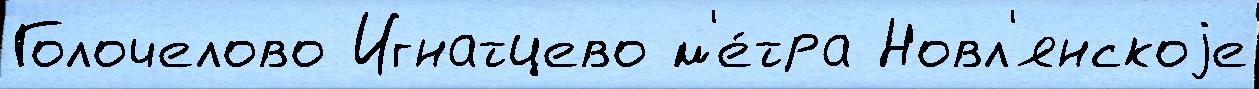
Голочелово Игнатцево м'е́тра Новл'янскоjе